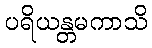
ပရိယန္တမကာသိ